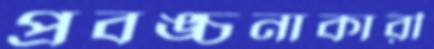
প্রবঙ্চনাকারী